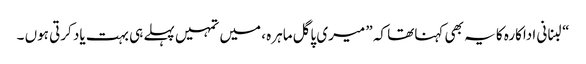
“لبنانی اداکارہ کا یہ بھی کہناتھا کہ ” میری پاگل ماہرہ ، میں تمہیں پہلے ہی بہت یاد کرتی ہوں ۔